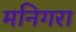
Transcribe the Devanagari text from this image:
मनिगरा